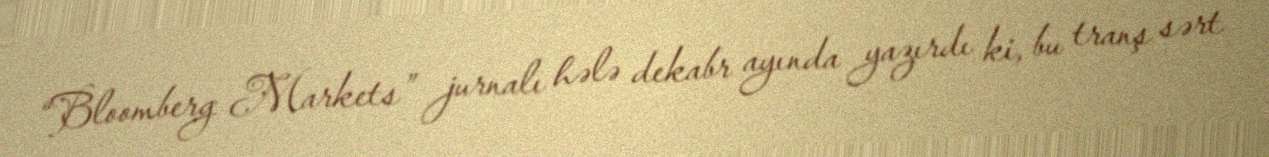
“Bloomberg Markets” jurnalı hələ dekabr ayında yazırdı ki, bu tranş sərt